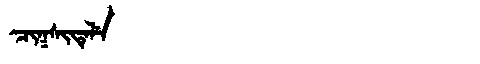
Manchu: ᠴᡳᡴᠰᡳᡨᡝᠯᡝ
Romanization: CIKSITELE